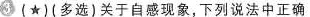
3(★)(多选)关于自感现象，下列说法中正确